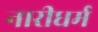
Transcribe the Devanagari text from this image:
नारीधर्म